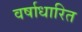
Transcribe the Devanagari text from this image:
वर्षाधारित